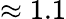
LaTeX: \approx 1.1